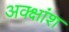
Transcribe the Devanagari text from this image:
अक्क्षांश